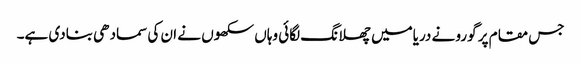
جس مقام پر گورو نے دریامیں چھلانگ لگائی وہاں سکھوں نے ان کی سمادھی بنادی ہے۔